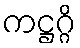
ကဋ္ဌဂ္ဂိ